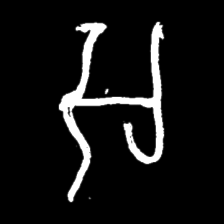
Pyu character \u2014 Myanmar letter: အ (romanized: a)